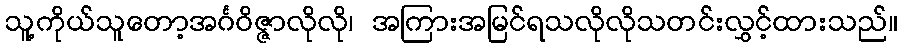
သူ့ကိုယ်သူတော့အင်္ဂဝိဇ္ဇာလိုလို၊ အကြားအမြင်ရသလိုလိုသတင်းလွှင့်ထားသည်။